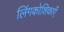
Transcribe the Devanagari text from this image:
लिंगकोशिकाएँ